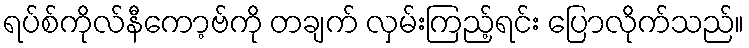
ရပ်စ်ကိုလ်နီကော့ဗ်ကို တချက် လှမ်းကြည့်ရင်း ပြောလိုက်သည်။